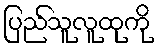
ပြည်သူလူထုကို